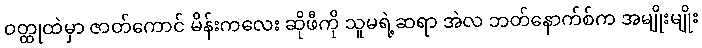
ဝတ္ထုထဲမှာ ဇာတ်ကောင် မိန်းကလေး ဆိုဖီကို သူမရဲ့ဆရာ အဲလ ဘတ်နောက်စ်က အမျိုးမျိုး